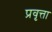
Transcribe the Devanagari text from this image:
प्रवृत्ता